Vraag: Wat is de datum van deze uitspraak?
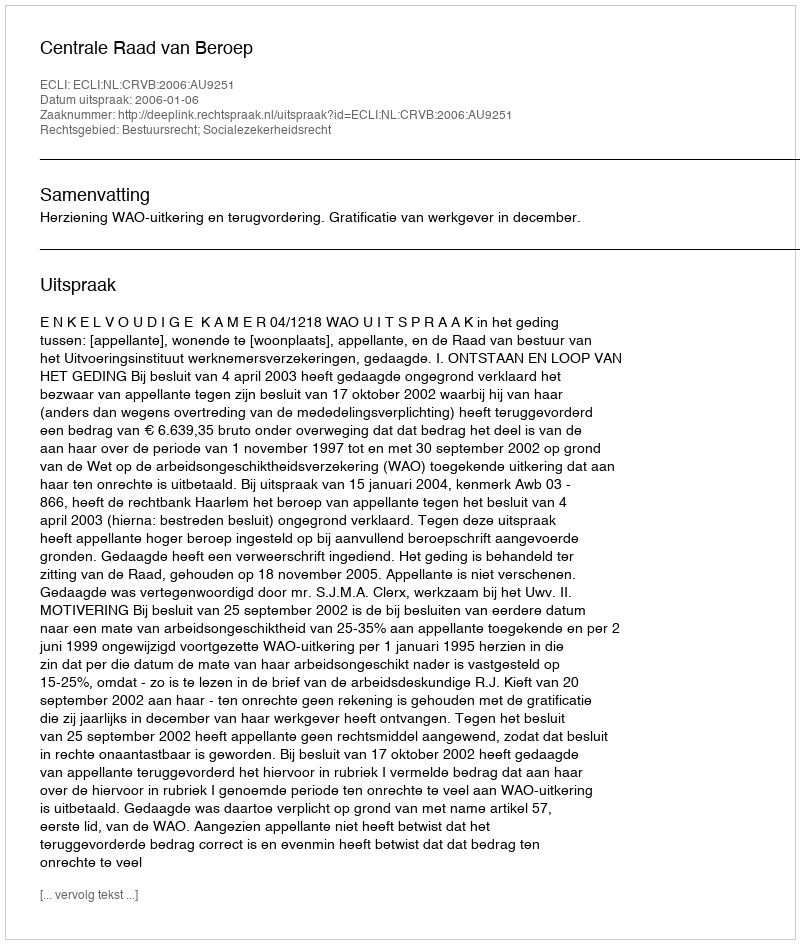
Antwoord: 2006-01-06